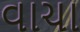
વાચા